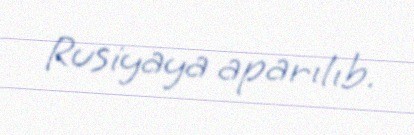
Rusiyaya aparılıb.